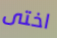
اختى